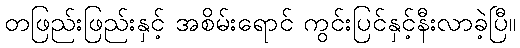
တဖြည်းဖြည်းနှင့် အစိမ်းရောင် ကွင်းပြင်နှင့်နီးလာခဲ့ပြီ။